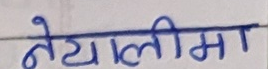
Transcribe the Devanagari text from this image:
नेयालीमा